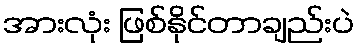
အားလုံး ဖြစ်နိုင်တာချည်းပဲ